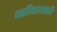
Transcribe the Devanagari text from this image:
धारितावाली